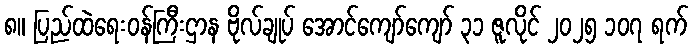
၈။ ပြည်ထဲရေးဝန်ကြီးဌာန ဗိုလ်ချုပ် အောင်ကျော်ကျော် ၃၁ ဇူလိုင် ၂၀၂၅ ၁၀၇ ရက်